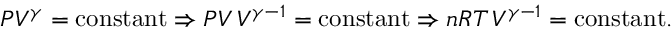
P V ^ { \gamma } = { \mathrm { c o n s t a n t } } \Rightarrow P V \, V ^ { \gamma - 1 } = { \mathrm { c o n s t a n t } } \Rightarrow n R T \, V ^ { \gamma - 1 } = { \mathrm { c o n s t a n t } } .